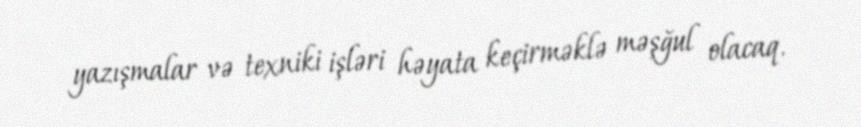
yazışmalar və texniki işləri həyata keçirməklə məşğul olacaq.